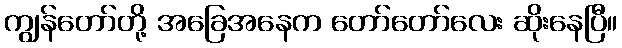
ကျွန်တော်တို့ အခြေအနေက တော်တော်လေး ဆိုးနေပြီ။